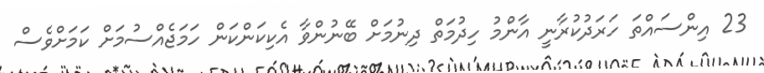
23 އިންސައްތަ ހަރަދުކުރާނީ އާންމު ހިދުމަތް ދިނުމަށް ބޭނުންވާ އެކިކަންކަން ހަމަޖެއްސުމަށް ކަމަށްވެސް